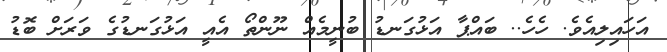
އަހައިލިއެވެ. ހެހެ.. ބައްޕާ އަޅުގަނޑު ބުނީމެއް ނޫންތޯ އެއީ އަޅުގަނޑުގެ ވަރަށް ބޮޑު